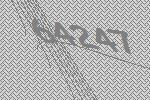
64247